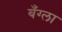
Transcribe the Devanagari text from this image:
बँग्ला